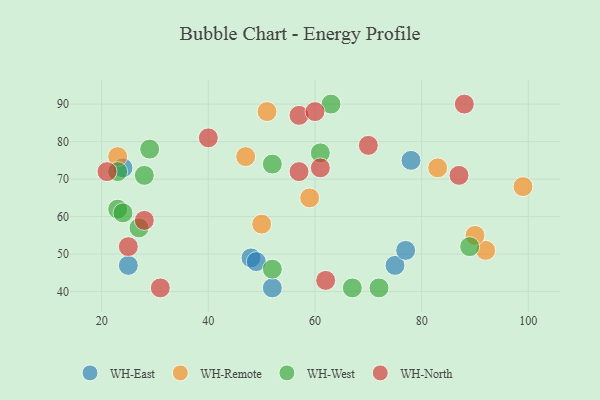
{"axis": {"x": "GDP", "y": "Life Expectancy"}, "legend": ["WH-East", "WH-North", "WH-Remote", "WH-West"], "data": [{"x": "48", "y": 49, "type": "WH-East"}, {"x": "25", "y": 47, "type": "WH-East"}, {"x": "24", "y": 73, "type": "WH-East"}, {"x": "78", "y": 75, "type": "WH-East"}, {"x": "75", "y": 47, "type": "WH-East"}, {"x": "77", "y": 51, "type": "WH-East"}, {"x": "52", "y": 41, "type": "WH-East"}, {"x": "49", "y": 48, "type": "WH-East"}, {"x": "99", "y": 68, "type": "WH-Remote"}, {"x": "47", "y": 76, "type": "WH-Remote"}, {"x": "83", "y": 73, "type": "WH-Remote"}, {"x": "23", "y": 76, "type": "WH-Remote"}, {"x": "50", "y": 58, "type": "WH-Remote"}, {"x": "51", "y": 88, "type": "WH-Remote"}, {"x": "92", "y": 51, "type": "WH-Remote"}, {"x": "90", "y": 55, "type": "WH-Remote"}, {"x": "59", "y": 65, "type": "WH-Remote"}, {"x": "52", "y": 46, "type": "WH-West"}, {"x": "29", "y": 78, "type": "WH-West"}, {"x": "23", "y": 72, "type": "WH-West"}, {"x": "23", "y": 62, "type": "WH-West"}, {"x": "28", "y": 71, "type": "WH-West"}, {"x": "72", "y": 41, "type": "WH-West"}, {"x": "67", "y": 41, "type": "WH-West"}, {"x": "61", "y": 77, "type": "WH-West"}, {"x": "89", "y": 52, "type": "WH-West"}, {"x": "24", "y": 61, "type": "WH-West"}, {"x": "63", "y": 90, "type": "WH-West"}, {"x": "52", "y": 74, "type": "WH-West"}, {"x": "27", "y": 57, "type": "WH-West"}, {"x": "88", "y": 90, "type": "WH-North"}, {"x": "40", "y": 81, "type": "WH-North"}, {"x": "62", "y": 43, "type": "WH-North"}, {"x": "57", "y": 87, "type": "WH-North"}, {"x": "61", "y": 73, "type": "WH-North"}, {"x": "70", "y": 79, "type": "WH-North"}, {"x": "87", "y": 71, "type": "WH-North"}, {"x": "57", "y": 72, "type": "WH-North"}, {"x": "21", "y": 72, "type": "WH-North"}, {"x": "31", "y": 41, "type": "WH-North"}, {"x": "60", "y": 88, "type": "WH-North"}, {"x": "25", "y": 52, "type": "WH-North"}, {"x": "28", "y": 59, "type": "WH-North"}]}